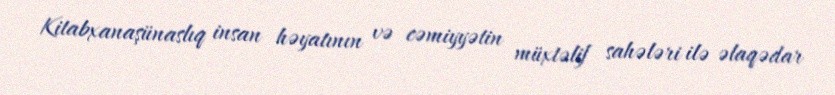
Kitabxanaşünaslıq insan həyatının və cəmiyyətin müxtəlif sahələri ilə əlaqədar